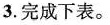
3.完成下表。